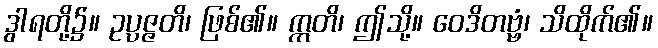
ဒွါရတို့၌။ ဥပ္ပဇ္ဇတိ၊ ဖြစ်၏။ ဣတိ၊ ဤသို့။ ဝေဒိတဗ္ဗံ၊ သိထိုက်၏။